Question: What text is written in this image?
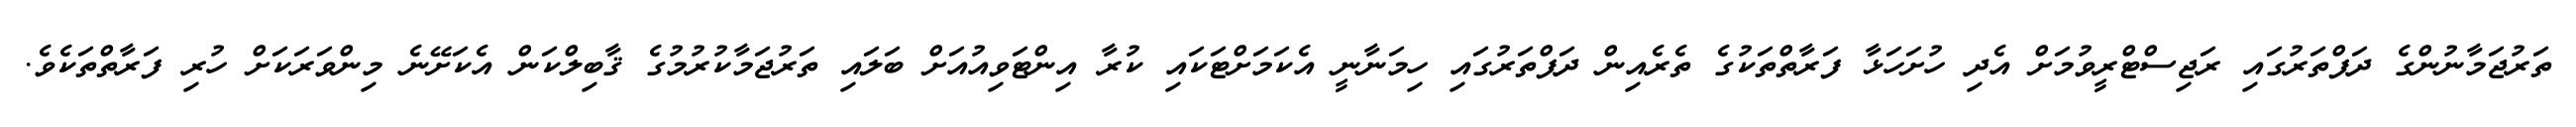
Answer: ތަރުޖަމާނުންގެ ދަފްތަރުގައި ރަޖިސްޓްރީވުމަށް އެދި ހުށަހަޅާ ފަރާތްތަކުގެ ތެރެއިން ދަފްތަރުގައި ހިމަނާނީ އެކަމަށްޓަކައި ކުރާ އިންޓަވިއުއަށް ބަލައި ތަރުޖަމާކުރުމުގެ ޤާބިލްކަން އެކަށޭނެ މިންވަރަކަށް ހުރި ފަރާތްތަކެވެ.